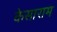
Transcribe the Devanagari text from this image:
केसाराम